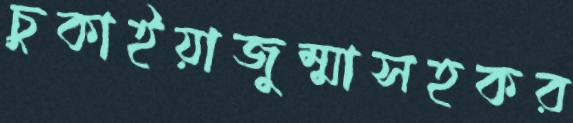
চুকাইয়াজুম্মাসহকর